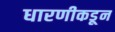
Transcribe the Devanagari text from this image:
धारणीकडून